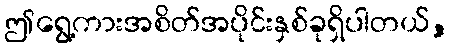
ဤရွေ့ကားအစိတ်အပိုင်းနှစ်ခုရှိပါတယ်,